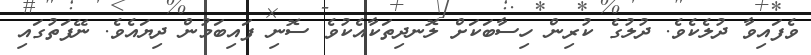
ވެފައިވާ ދުލެކެވެ. ދުލުގެ ކުރިން ހިސާބަކަށް ލޮނދިތަކާއެކުވެ ސޮނި ފައިބަމުން ދިޔައެވެ. ނޭފަތުގައި